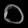
Digit: ၀